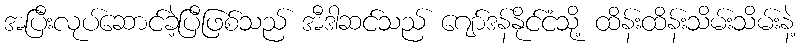
အပြီးလုပ်ဆောင်ခဲ့ပြီဖြစ်သည် အီဒါဆင်သည် ဂျော်ဒန်နိုင်ငံသို့ ထိန်းထိန်းသိမ်းသိမ်းနဲ့